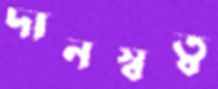
দানস্বত্ব